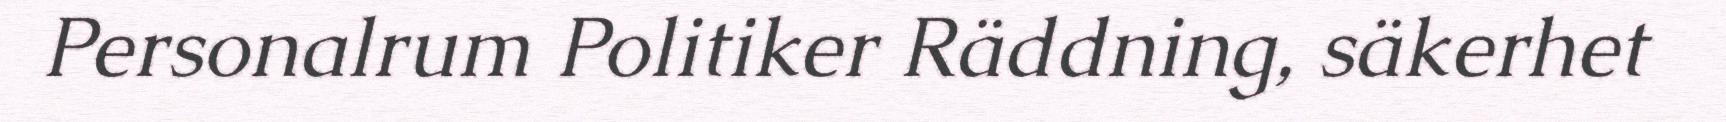
Personalrum Politiker Räddning, säkerhet